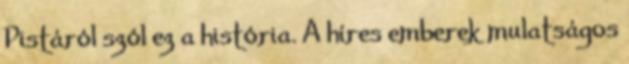
Pistáról szól ez a história. A híres emberek mulatságos